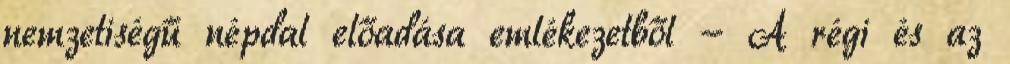
nemzetiségű népdal előadása emlékezetből - A régi és az